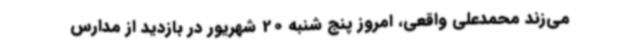
می‌زند محمدعلی واقعی، امروز پنج شنبه 20 شهریور در بازدید از مدارس